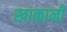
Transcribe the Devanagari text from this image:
खाकानी